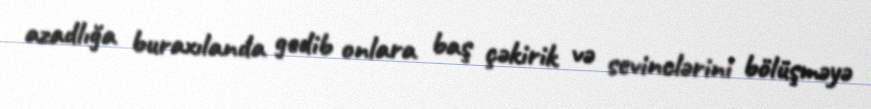
azadlığa buraxılanda gedib onlara baş çəkirik və sevinclərini bölüşməyə